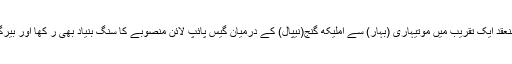
دونوں رہنماؤں نے حیدر آباد ہاؤس میں منعقد ایک تقریب میں موتیہاری (بہار) سے املیکھ گنج(نیپال) کے درمیان گیس پائپ لائن منصوبے کا سنگ بنیاد بھی ر کھا اور بیرگج میں ایک انکوائری چوکی کا افتتاح کیا۔